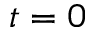
t = 0